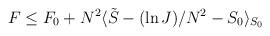
LaTeX: \begin{align*}F \le F_0 + N^2 \langle \tilde{S} - (\ln J)/N^2 - S_0 \rangle_{S_0 } \end{align*}